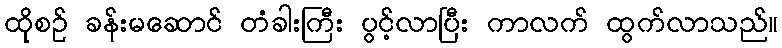
ထိုစဉ် ခန်းမဆောင် တံခါးကြီး ပွင့်လာပြီး ကာလက် ထွက်လာသည်။